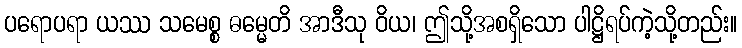
ပရောပရာ ယဿ သမေစ္စ ဓမ္မေတိ အာဒီသု ဝိယ၊ ဤသို့အစရှိသော ပါဋ္ဌိရပ်ကဲ့သို့တည်း။